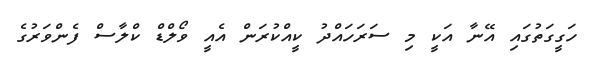
ހަގީގަތުގައި އޭނާ އަކީ މި ސަރަހައްދު ކީއްކުރަން އެއީ ވޯލްޑް ކްލާސް ފެންވަރުގެ